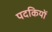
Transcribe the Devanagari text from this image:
पदकियों